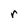
Character: r